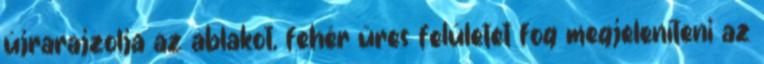
újrarajzolja az ablakot, fehér üres felületet fog megjeleníteni az